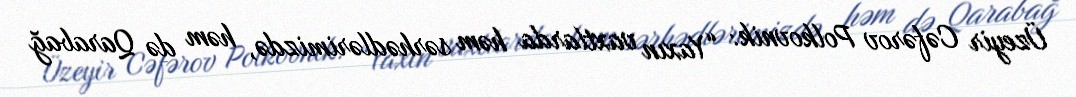
Üzeyir Cəfərov Polkovnik: “Yaxın vaxtlarda həm sərhədlərimizdə, həm də Qarabağ